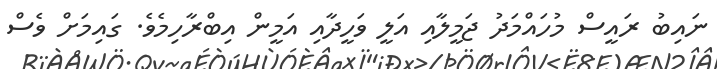
ނައިބު ރައީސް މުހައްމަދު ޖަމީލާއި އަލީ ވަހީދާއި އަމީން އިބްރާހިމެވެ. ގައިމަށް ވެސް